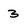
Character: 3